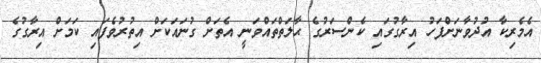
އެމެރިކާ އުދުވާނަށްފަހު އިރާގުގައި ކެންސަރުގެ ޙާލަތްތައްވަނީ އެތަށް ގުނައަކަށް އިތުރުވެފައި ކަމަށް އިރާގުގެ